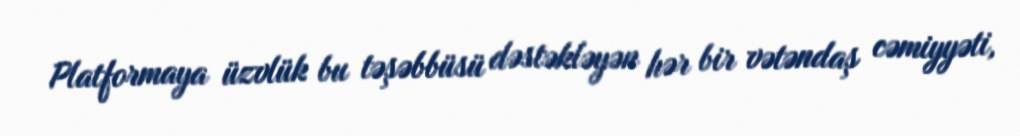
Platformaya üzvlük bu təşəbbüsü dəstəkləyən hər bir vətəndaş cəmiyyəti,